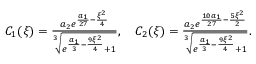
\begin{array} { r l } & { C _ { 1 } ( \xi ) = \frac { a _ { 2 } e ^ { \frac { a _ { 1 } } { 2 7 } - \frac { \xi ^ { 2 } } { 4 } } } { \sqrt [ 3 ] { e ^ { \frac { a _ { 1 } } { 3 } - \frac { 9 \xi ^ { 2 } } { 4 } } + 1 } } , \quad C _ { 2 } ( \xi ) = \frac { a _ { 2 } e ^ { \frac { 1 0 a _ { 1 } } { 2 7 } - \frac { 5 \xi ^ { 2 } } { 2 } } } { \sqrt [ 3 ] { e ^ { \frac { a _ { 1 } } { 3 } - \frac { 9 \xi ^ { 2 } } { 4 } } + 1 } } . } \end{array}